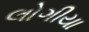
લોગીયા